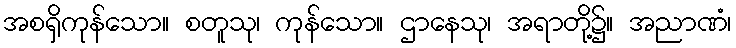
အစရှိကုန်သော။ စတူသု၊ ကုန်သော။ ဌာနေသု၊ အရာတို့၌။ အညာဏံ၊